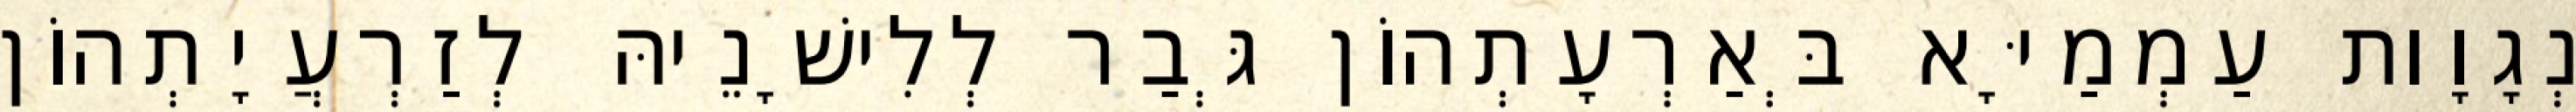
נְגָוָות עַמְמַיָּא בְּאַרְעָתְהוֹן גְּבַר לְלִישָׁנֵיהּ לְזַרְעֲיָתְהוֹן